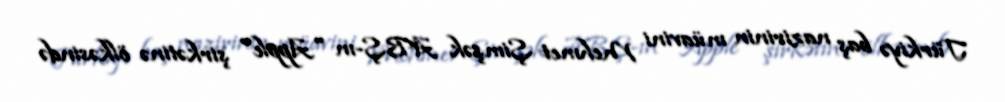
Türkiyə baş nazirinin müavini Mehmet Şimşək ABŞ-ın "Apple" şirkətinə ölkəsində